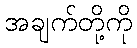
အချက်တို့ကို